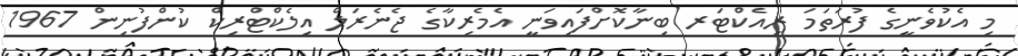
މި އެކުވެނީގެ ފުރަތަމަ ރިއެކްޓަރ ބިނާކޮށްފައިވަނީ އެމެރިކާގެ ޖެނެރަލް އިލެކްޓްރިކް ކުންފުނިން 1967